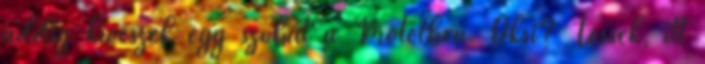
addig kiveszek egy szobát a Motelben. Oksi? Tessék, itt